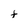
Character: t